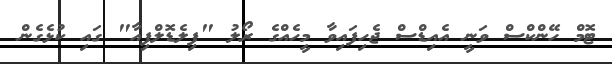
ޓޮމް ހޭންކްސް ވަނީ އެއިޑްސް ޖެހިފައިވާ މީހެއްގެ ރޯލު "ފިލެޑޮލްފިއާ" ގައި ކުޅެގެން